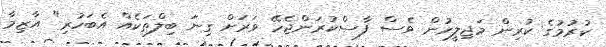
ކުރުމުގެ ކުރިން މަޖިލީހުން ވެސް ފާސްކުރަންޖެހޭ ވަރަށް ގިނަ ބިލްތަކެއް އެބަހުރި" އާޒިމާ